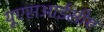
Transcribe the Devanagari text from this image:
यूएसआईसीए